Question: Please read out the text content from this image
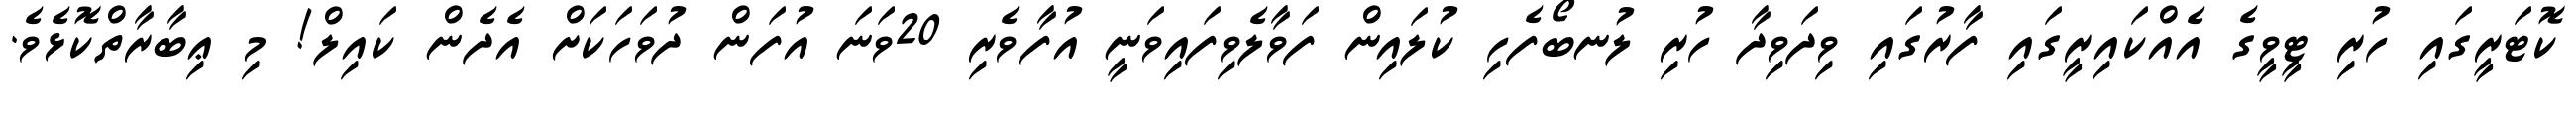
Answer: ކޮޓަރީގައި ހުރި ޓީވީގެ އެއްކައިރީގައި ފާރުގައި ވިދަވިދާ ހުރި ލުނބޯފެހި ކުލައިން ފަވާލެވިފައިވަނީ އުފާވެރި 20ވަނަ އުފަން ދުވަހަކަށް އެދެން ކައިލް! މި ޢިބާރާތްކޮޅެވެ.